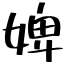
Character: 婢